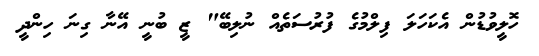
ހޮލީވުޑުން އެކަހަލަ ފިލްމުގެ ފުރުސަތެއް ނުލިބޭ" ޒީ ބުނީ އޭނާ ގިނަ ހިންދީ